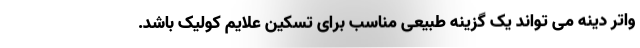
واتر دینه می تواند یک گزینه طبیعی مناسب برای تسکین علایم کولیک باشد.